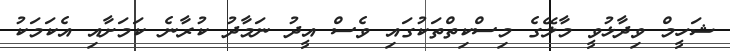
ޝަހީމް ވިދާޅުވީ މާލޭގެ މިސްކިތްތަކުގައި ވެސް އީދު ނަމާދު ކުރާނެ ކަމަށާއި އެކަމަކު